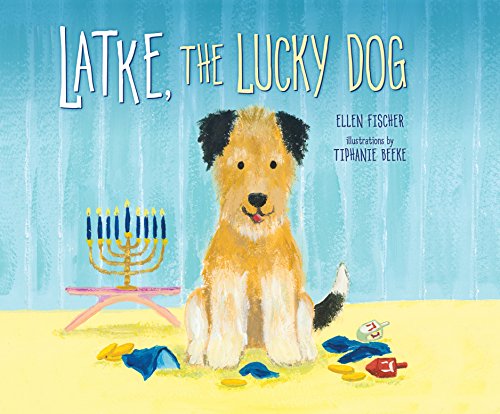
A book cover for Latke, the Lucky Dog; Ellen Fischer; Children's Books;